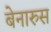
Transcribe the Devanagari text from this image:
बेनारुस